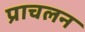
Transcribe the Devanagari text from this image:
प्राचलन